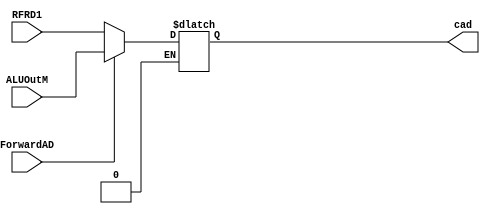
`timescale 1ns / 1ps
//////////////////////////////////////////////////////////////////////////////////
// Company: 
// Engineer: 
// 
// Design Name: 
// Module Name: ADmux
// Project Name: 
// Target Devices: 
// Tool Versions: 
// Description: 
// 
// Dependencies: 
// 
// Revision:
// Revision 0.01 - File Created
// Additional Comments:
// 
//////////////////////////////////////////////////////////////////////////////////


module ADmux(input ForwardAD, input [31:0] RFRD1, ALUOutM, output reg [31:0] cad);
always@(*) begin
if(ForwardAD == 1'b1)
cad <= ALUOutM;
if(ForwardAD == 1'b0)
cad <= RFRD1;
end
endmodule